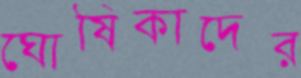
ঘোষিকাদের